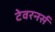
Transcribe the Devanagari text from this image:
टेवरनर्स